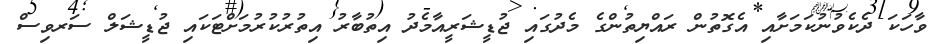
ވާހަކަ ދެކެވުނުކަމަށާއި އެގޮތުން ރައްޔިތުންގެ މެދުގައި ޖުޑީޝަރީއާމެދު އިތުބާރު އިތުރުކުރުމަށްޓަކައި ޖުޑީޝަލް ސަރވިސް